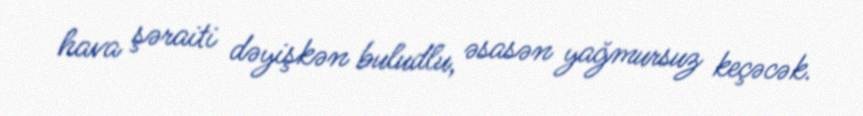
hava şəraiti dəyişkən buludlu, əsasən yağmursuz keçəcək.